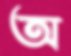
অ